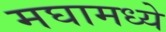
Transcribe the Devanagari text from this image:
मघामध्ये